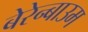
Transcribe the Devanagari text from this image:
बेरेन्बाउम